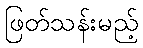
ဖြတ်သန်းမည့်